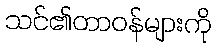
သင်၏တာဝန်များကို